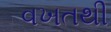
વખતથી